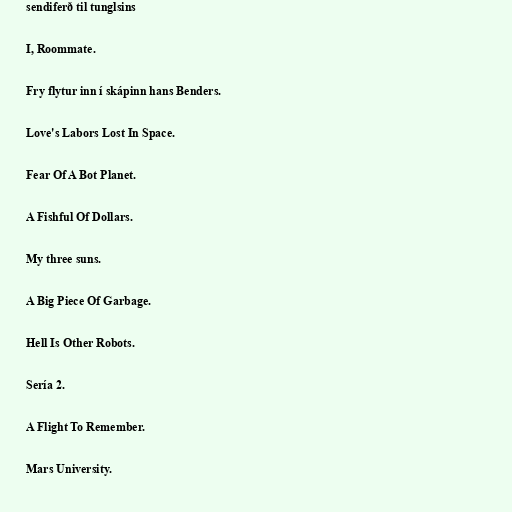
sendiferð til tunglsins

I, Roommate.

Fry flytur inn í skápinn hans Benders.

Love's Labors Lost In Space.

Fear Of A Bot Planet.

A Fishful Of Dollars.

My three suns.

A Big Piece Of Garbage.

Hell Is Other Robots.

Sería 2.

A Flight To Remember.

Mars University.